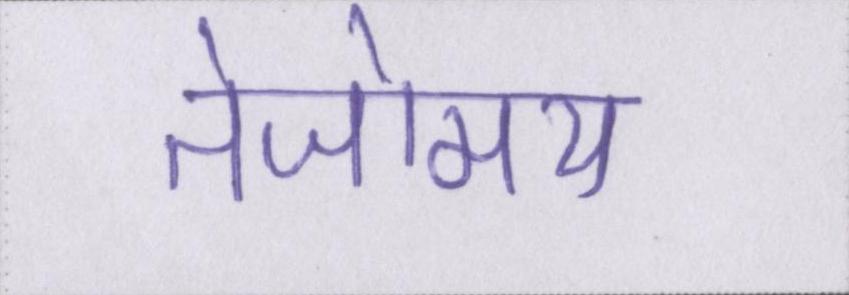
तेजोमय